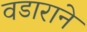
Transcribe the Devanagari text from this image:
वडाराने